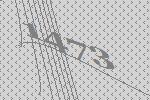
1473